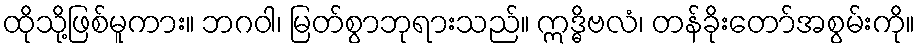
ထိုသို့ဖြစ်မူကား။ ဘဂဝါ၊ မြတ်စွာဘုရားသည်။ ဣဒ္ဓိဗလံ၊ တန်ခိုးတော်အစွမ်းကို။